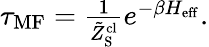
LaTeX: \begin{array}{r}{\tau_{\mathrm{MF}}=\frac{1}{\tilde{Z}_{\mathrm{S}}^{\mathrm{cl}}}e^{-\beta H_{\mathrm{eff}}}.}\end{array}